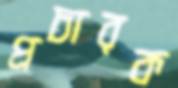
প্রচারক